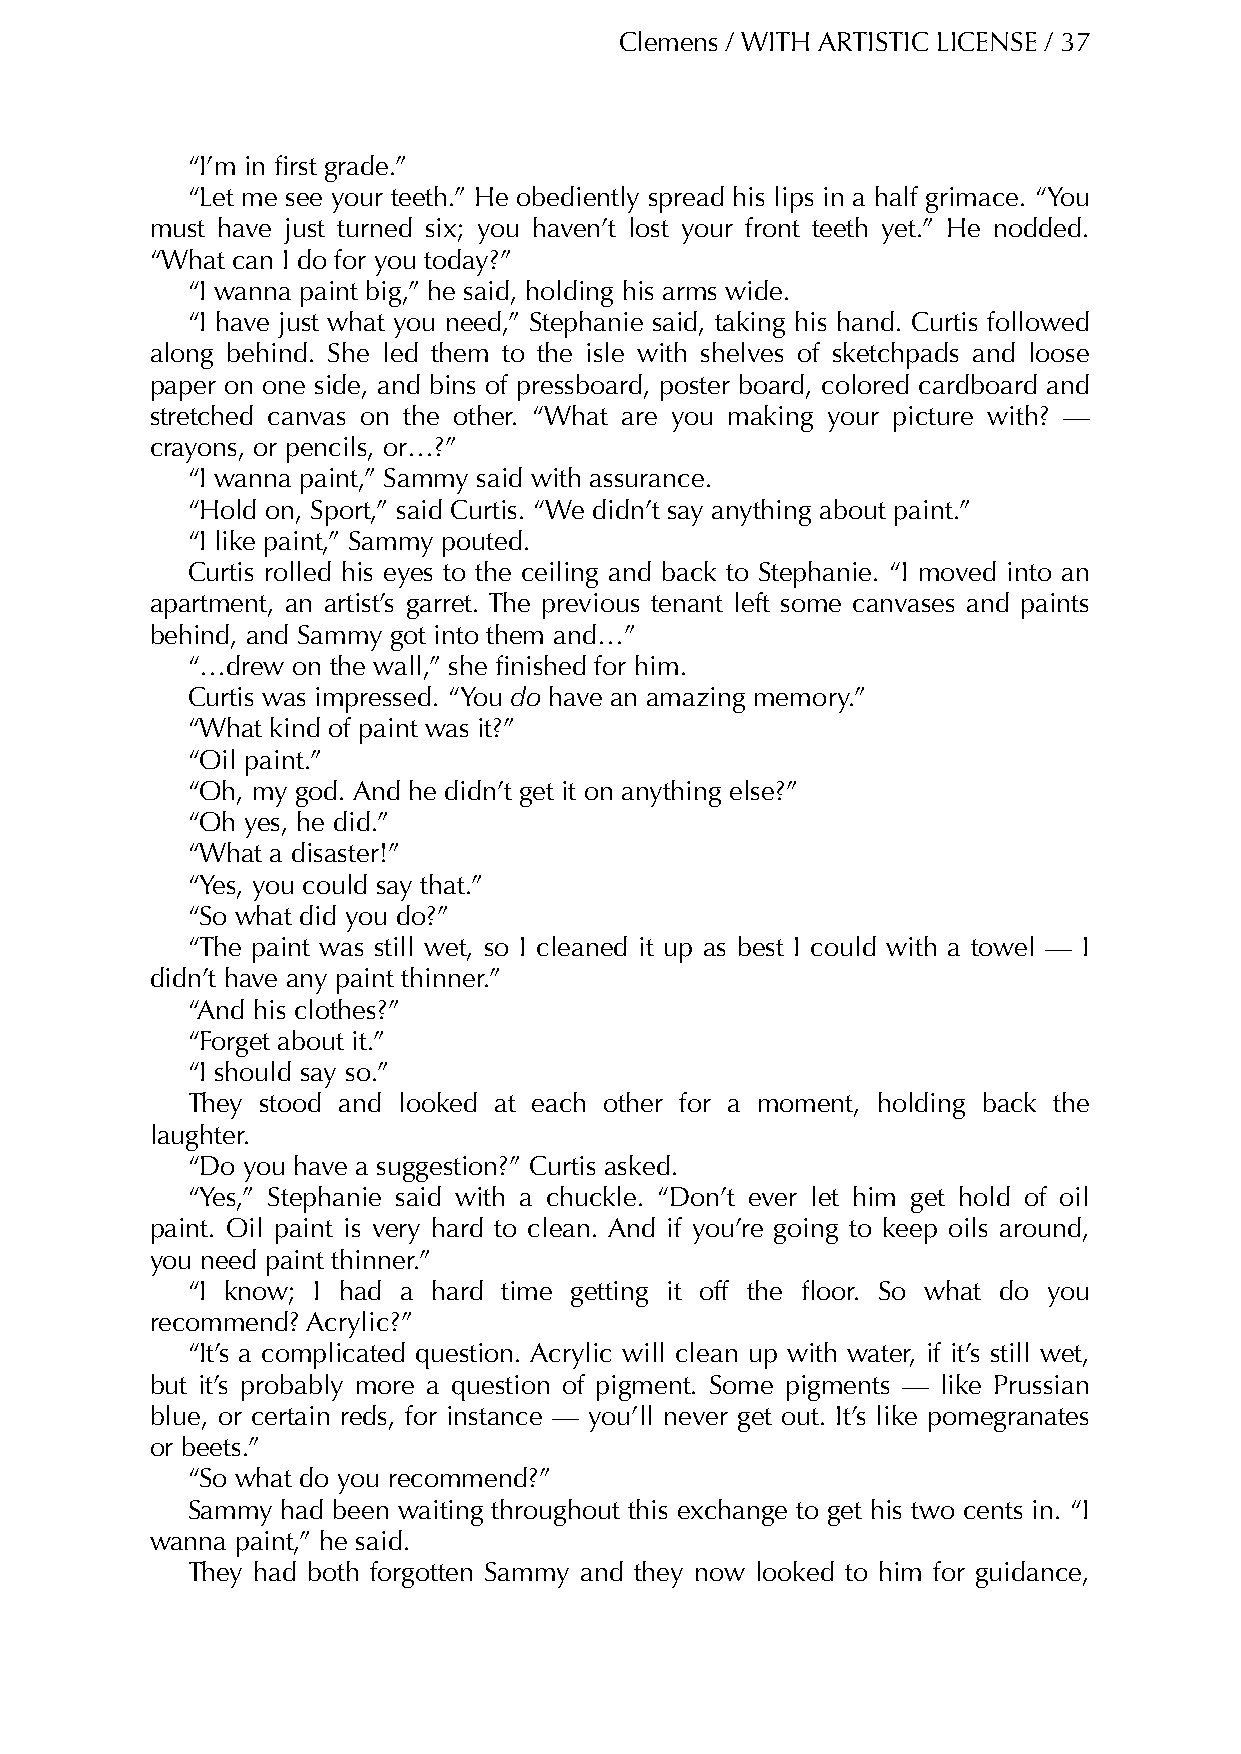
Clemens / WITH ARTISTIC LICENSE / 37
 “I’m in first grade.”
 “Let me see your teeth.” He obediently spread his lips in a half grimace. “You
 must have just turned six; you haven’t lost your front teeth yet.” He nodded.
 “What can I do for you today?”
 “I wanna paint big,” he said, holding his arms wide.
 “I have just what you need,” Stephanie said, taking his hand. Curtis followed
 along behind. She led them to the isle with shelves of sketchpads and loose
 paper on one side, and bins of pressboard, poster board, colored cardboard and
 stretched canvas on the other. “What are you making your picture with? —
 crayons, or pencils, or…?”
 “I wanna paint,” Sammy said with assurance.
 “Hold on, Sport,” said Curtis. “We didn’t say anything about paint.”
 “I like paint,” Sammy pouted.
 Curtis rolled his eyes to the ceiling and back to Stephanie. “I moved into an
 apartment, an artist’s garret. The previous tenant left some canvases and paints
 behind, and Sammy got into them and…”
 “…drew on the wall,” she finished for him.
 Curtis was impressed. “You do have an amazing memory.”
 “What kind of paint was it?”
 “Oil paint.”
 “Oh, my god. And he didn’t get it on anything else?”
 “Oh yes, he did.”
 “What a disaster!”
 “Yes, you could say that.”
 “So what did you do?”
 “The paint was still wet, so I cleaned it up as best I could with a towel — I
 didn’t have any paint thinner.”
 “And his clothes?”
 “Forget about it.”
 “I should say so.”
 They stood and looked at each other for a moment, holding back the
 laughter.
 “Do you have a suggestion?” Curtis asked.
 “Yes,” Stephanie said with a chuckle. “Don’t ever let him get hold of oil
 paint. Oil paint is very hard to clean. And if you’re going to keep oils around,
 you need paint thinner.”
 “I know; I had a hard time getting it off the floor. So what do you
 recommend? Acrylic?”
 “It’s a complicated question. Acrylic will clean up with water, if it’s still wet,
 but it’s probably more a question of pigment. Some pigments — like Prussian
 blue, or certain reds, for instance — you’ll never get out. It’s like pomegranates
 or beets.”
 “So what do you recommend?”
 Sammy  had been waiting throughout this exchange to get his two cents in. “I
 wanna paint,” he said.
 They had both forgotten Sammy and they now looked to him for guidance,